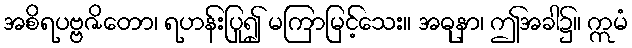
အစိရပဗ္ဗဇိတော၊ ရဟန်းပြု၍ မကြာမြင့်သေး။ အဓုနာ၊ ဤအခါ၌။ ဣမံ